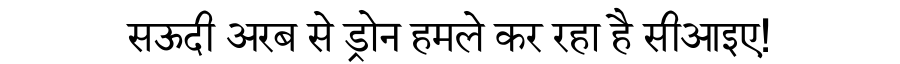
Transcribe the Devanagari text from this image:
सऊदी अरब से ड्रोन हमले कर रहा है सीआइए!